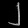
Digit: ၂